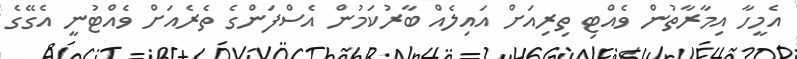
އެމީހާ އިމާރާތުން ވެއްޓި ތިރިއަށް އައިލެއް ބާރުކަމުން އެސްފަންގެ ތެރެއަށް ވެއްޓުނީ އެގޭގެ